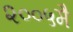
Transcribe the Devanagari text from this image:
२००५मै